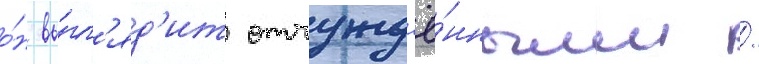
о́н вы́гл'яд'ит отчужд'ё́нным /